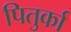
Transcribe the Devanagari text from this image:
पितुर्का